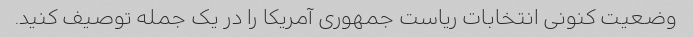
وضعیت کنونی انتخابات ریاست جمهوری آمریکا را در یک جمله توصیف کنید.